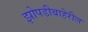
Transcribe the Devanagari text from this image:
झोपडीबाहेरील